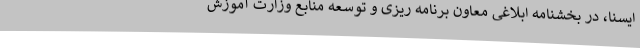
ایسنا، در بخشنامه ابلاغی معاون برنامه ریزی و توسعه منابع وزارت آموزش